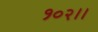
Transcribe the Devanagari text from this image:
१०२।।